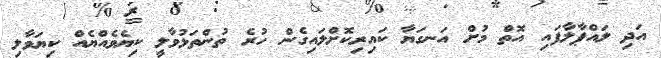
އަދި ލައްޕާލާފައި އޮތް މުށް އަނގަޔާ ކައިރިކޮށްލައިގެން ހުރެ ތުންތަޅުވާލީ ކިޔެވެއްޔެއް ކިޔަވާލި